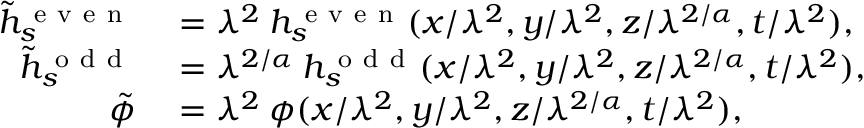
\begin{array} { r l } { \tilde { h } _ { s } ^ { \mathrm { ~ e ~ v ~ e ~ n ~ } } } & { { } = \lambda ^ { 2 } \: h _ { s } ^ { \mathrm { ~ e ~ v ~ e ~ n ~ } } ( x / \lambda ^ { 2 } , y / \lambda ^ { 2 } , z / \lambda ^ { 2 / \alpha } , t / \lambda ^ { 2 } ) , } \\ { \tilde { h } _ { s } ^ { \mathrm { ~ o ~ d ~ d ~ } } } & { { } = \lambda ^ { 2 / \alpha } \: h _ { s } ^ { \mathrm { ~ o ~ d ~ d ~ } } ( x / \lambda ^ { 2 } , y / \lambda ^ { 2 } , z / \lambda ^ { 2 / \alpha } , t / \lambda ^ { 2 } ) , } \\ { \tilde { \phi } } & { { } = \lambda ^ { 2 } \: \phi ( x / \lambda ^ { 2 } , y / \lambda ^ { 2 } , z / \lambda ^ { 2 / \alpha } , t / \lambda ^ { 2 } ) , } \end{array}